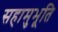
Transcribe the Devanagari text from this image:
सहामुभूति